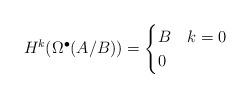
LaTeX: \begin{align*} H^{k}(\Omega^{\bullet}(A/B)) = \begin{cases} B & k=0\\ 0 & \end{cases}\end{align*}